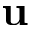
\mathbf { u }